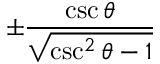
\pm { \frac { \csc \theta } { \sqrt { \csc ^ { 2 } \theta - 1 } } }